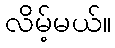
လိမ့်မယ်။